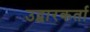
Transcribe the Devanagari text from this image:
उद्वारकर्ता